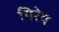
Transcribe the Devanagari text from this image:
गिरेय